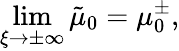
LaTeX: \operatorname*{lim}_{\xi\to\pm\infty}\tilde{\mu}_{0}=\mu_{0}^{\pm},